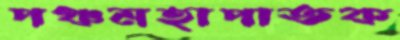
পঞ্চমহাপাতক